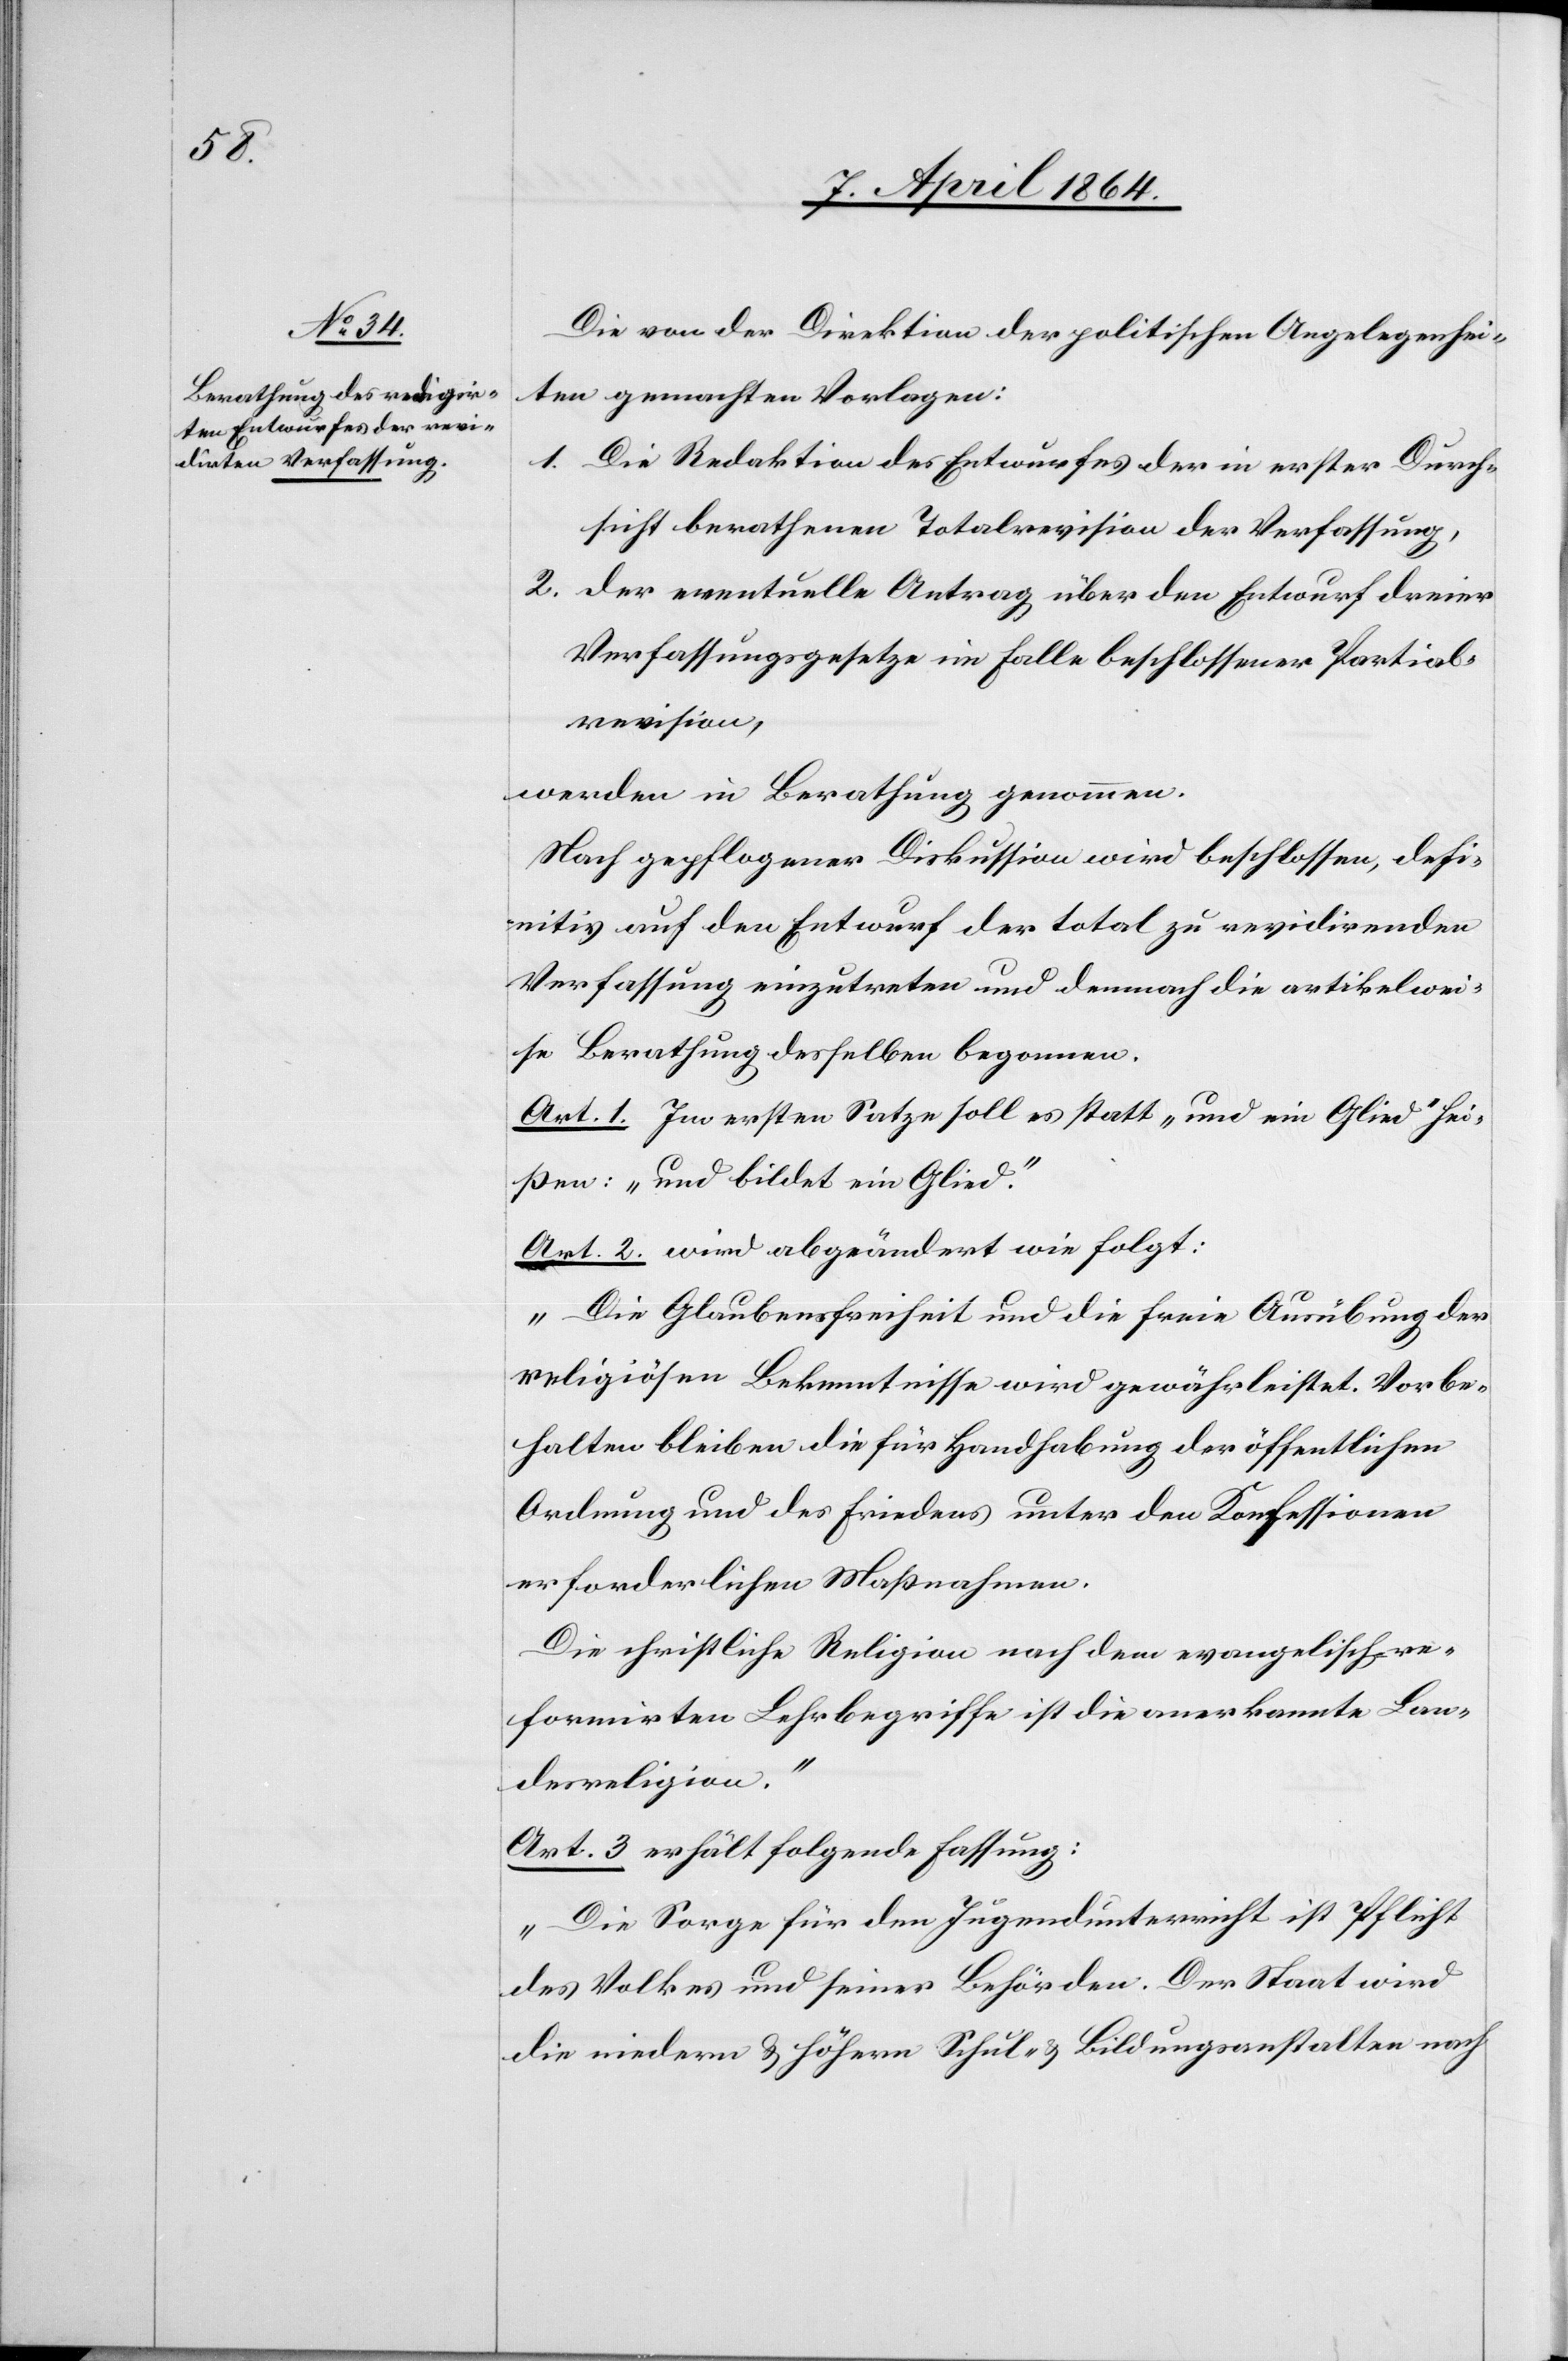
Die von der Direktion der politischen Angelegenhei¬
ten gemachten Vorlagen:
1. Die Redaktion des Entwurfes der in erster Durch¬
sicht berathenen Totalrevision der Verfassung,
2. Der eventuelle Antrag über den Entwurf dreier
Verfassungsgesetze im Falle beschlossener Partial¬
revision,
werden in Berathung genommen.
Nach gepflogener Diskussion wird beschlossen, defi¬
nitiv auf den Entwurf der total zu revidirenden
Verfassung einzutreten und demnach die artikelwei¬
se Berathung desselben begonnen.
Art. 1. Im ersten Satze soll es statt „und ein Glied“ hei¬
ßen: „und bildet ein Glied“.
Art. 2. wird abgeändert wie folgt:
„Die Glaubensfreiheit und die freie Ausübung der
religiösen Bekenntnisse wird gewährleistet. Vorbe¬
halten bleiben die für Handhabung der öffentlichen
Ordnung und des Friedens unter den Konfessionen
erforderlichen Maßnahmen.
Die christliche Religion nach dem evangelisch-re¬
formirten Lehrbegriffe ist die anerkannte Lan¬
desreligion.“
Art. 3 erhält folgende Fassung:
„Die Sorge für den Jugendunterricht ist Pflicht
des Volkes und seiner Behörden. Der Staat wird
die niedern u. höhern Schul- u. Bildungsanstalten nach